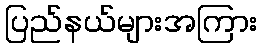
ပြည်နယ်များအကြား